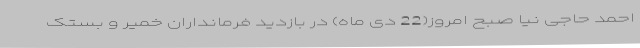
احمد حاجی نیا صبح امروز(22 دی ماه) در بازدید فرمانداران خمیر و بستک